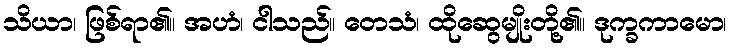
သိယာ၊ ဖြစ်ရာ၏။ အဟံ၊ ငါသည်။ တေသံ၊ ထိုဆွေမျိုးတို့၏။ ဒုက္ခကာမော၊